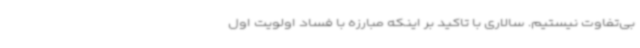
بی‌تفاوت نیستیم. سالاری با تاکید بر اینکه مبارزه با فساد اولویت اول